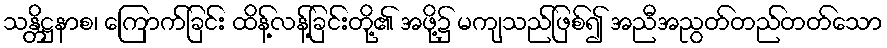
သန္တိဋ္ဌနာစ၊ ကြောက်ခြင်း ထိန့်လန့်ခြင်းတို့၏ အဖို့၌ မကျသည်ဖြစ်၍ အညီအညွတ်တည်တတ်သော